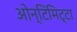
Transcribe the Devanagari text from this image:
ओन्टिमिट्टा